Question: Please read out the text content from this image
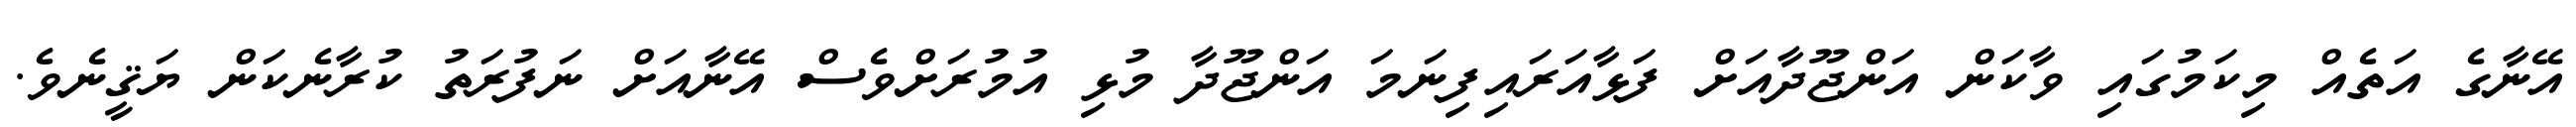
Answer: އޭނާގެ އަތެއް މިކަމުގައި ވާކަން އަންޖޫދާއަށް ފަޅާއަރައިފިނަމަ އަންޖޫދާ މުޅި އުމުރަށްވެސް އޭނާއަށް ނަފުރަތު ކުރާނެކަން ޔަޤީނެވެ.